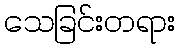
သေခြင်းတရား